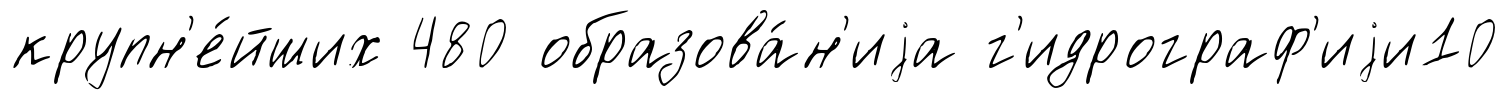
крупн'е́йших 480 образова́н'иjа г'идрограф'иjи10